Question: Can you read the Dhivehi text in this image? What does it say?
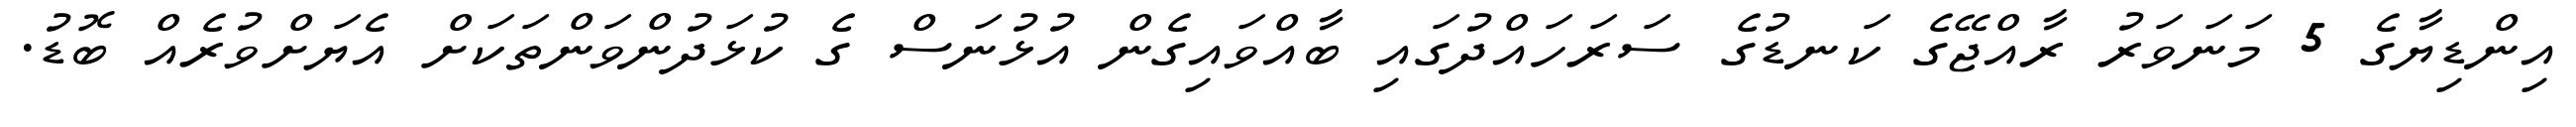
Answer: އިންޑިޔާގެ 5 މަނަވަރު ރާއްޖޭގެ ކަނޑުގެ ސަރަހައްދުގައި ބާއްވައިގެން އުޅުނަސް ގެ ކުޅަދުންވަންތަކަށް އެޔަށްވުރެއް ބޮޑު.